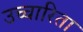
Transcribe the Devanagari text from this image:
उच्चारिता